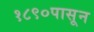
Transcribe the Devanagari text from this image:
१८९०पासून